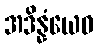
အဒိန္နံယေဝ